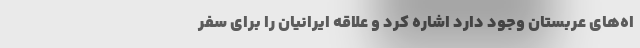
اه‌‌های عربستان وجود دارد اشاره کرد و ‌علاقه ایرانیان را برای سفر